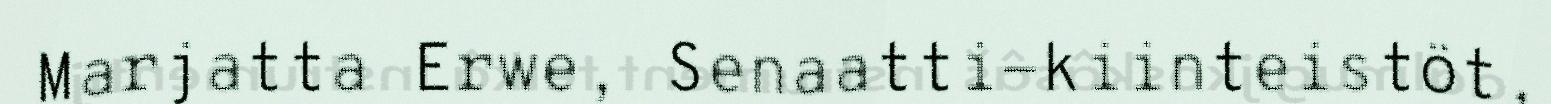
Marjatta Erwe, Senaatti-kiinteistöt,